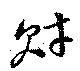
財